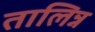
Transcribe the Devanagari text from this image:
तालिन्न